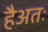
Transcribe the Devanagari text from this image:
हैअतः